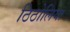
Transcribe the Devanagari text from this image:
ठिठोलिया